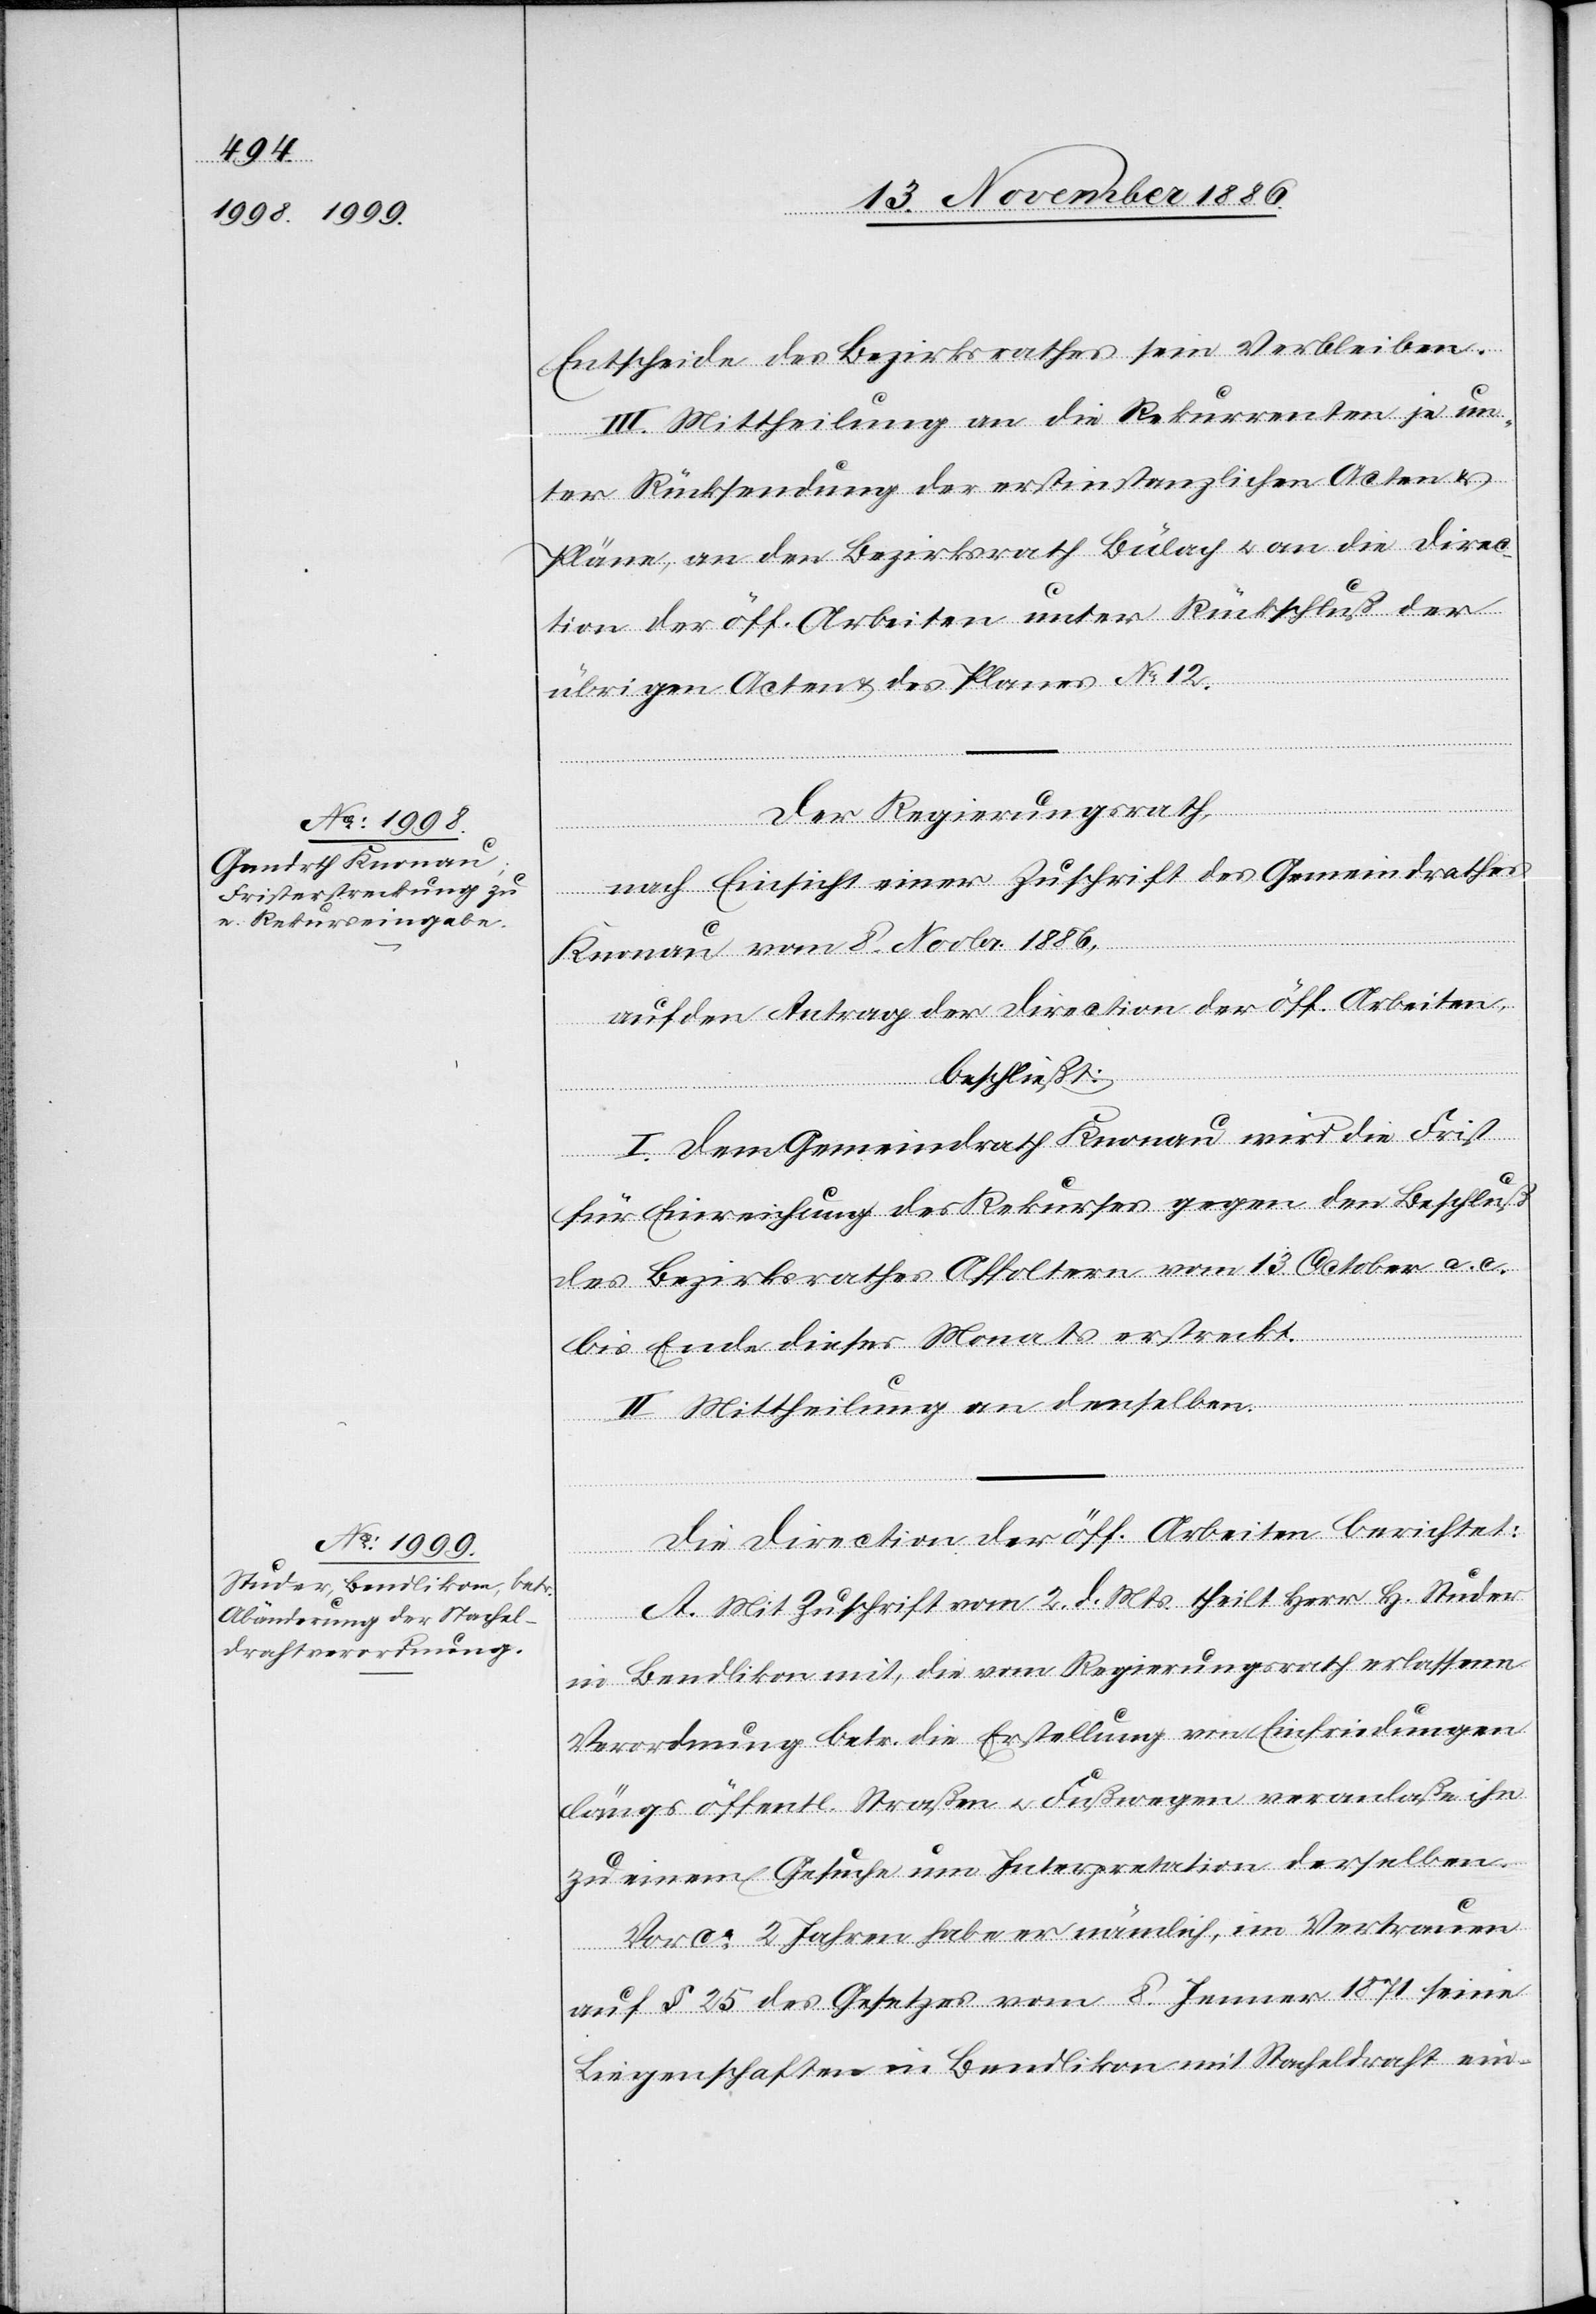
Entscheide des Bezirksrathes sein Verbleiben.
III. Mittheilung an die Rekurrenten je un¬
ter Rücksendung der erstinstanzlichen Acten &
Pläne, an den Bezirksrath Bülach & an die Direc¬
tion der öff. Arbeiten unter Rückschluß der
übrigen Acten & des Planes No 12.
Der Regierungsrath,
nach Einsicht einer Zuschrift des Gemeindrathes
Knonau vom 8. Novbr. 1886,
auf den Antrag der Direction der öff. Arbeiten,
beschließt:
I. Dem Gemeindrath Knonau wird die Frist
für Einreichung des Rekurses gegen den Beschluß
des Bezirksrathes Affoltern vom 13. October a. c.
bis Ende dieses Monats erstreckt.
II. Mittheilung an denselben.
Die Direction der öff. Arbeiten berichtet:
A. Mit Zuschrift vom 2. d. Mts. theilt Herr H. Studer
in Bendlikon mit, die vom Regierungsrath erlassene
Verordnung betr. die Erstellung von Einfriedungen
längs öffentl. Straßen & Fußwegen veranlaße ihn
zu einem Gesuche um Interpretation derselben.
Vor ca 2 Jahren habe er nämlich, im Vertrauen
auf § 25 des Gesetzes vom 8. Jenner 1871 seine
Liegenschaften in Bendlikon mit Stacheldraht ein-